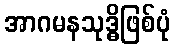
အာဂမနသုဒ္ဓိဖြစ်ပုံ